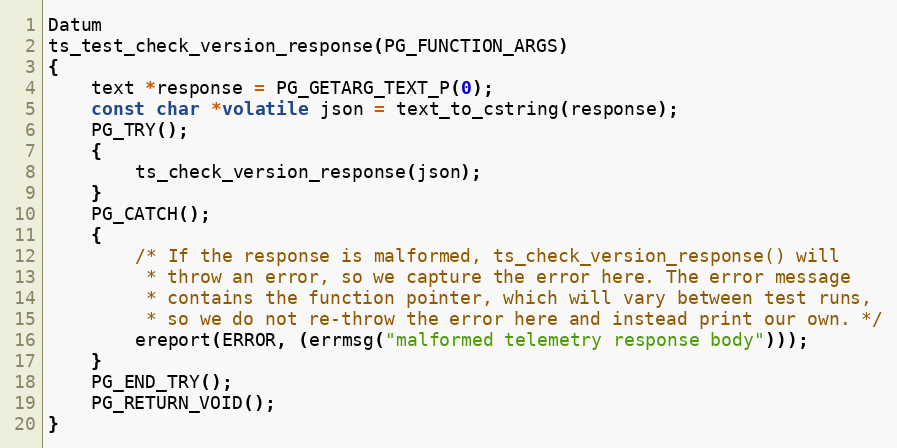
Language: C
Datum
ts_test_check_version_response(PG_FUNCTION_ARGS)
{
	text *response = PG_GETARG_TEXT_P(0);
	const char *volatile json = text_to_cstring(response);
	PG_TRY();
	{
		ts_check_version_response(json);
	}
	PG_CATCH();
	{
		/* If the response is malformed, ts_check_version_response() will
		 * throw an error, so we capture the error here. The error message
		 * contains the function pointer, which will vary between test runs,
		 * so we do not re-throw the error here and instead print our own. */
		ereport(ERROR, (errmsg("malformed telemetry response body")));
	}
	PG_END_TRY();
	PG_RETURN_VOID();
}